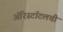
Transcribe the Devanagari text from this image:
अॅरिस्टॉटलची